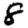
Digit: 8